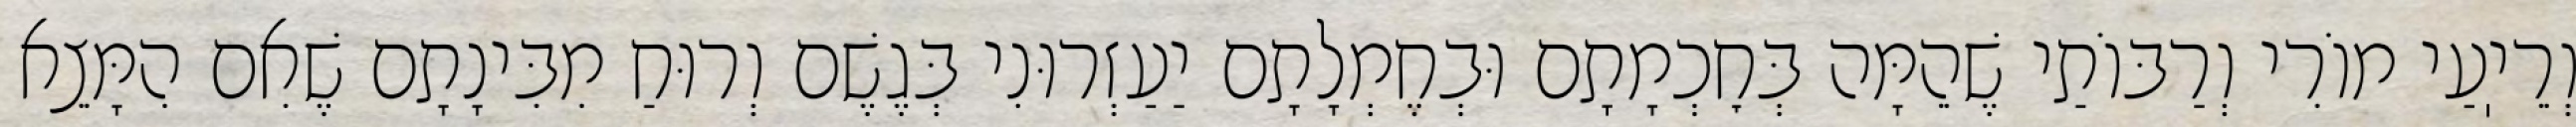
וְרֵיֽעַי מוֹרִי וְרַבּוֹתַי שֶׁהֵמָּה בְּחׇכְמָתָם וּבְחֶמְלָתָם יַעַזְרוּנִי בְּגֶשֶׁם וְרוּחַ מִבִּינָתָם שֶׁאִם הִמָּצֵא